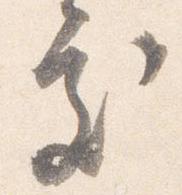
処